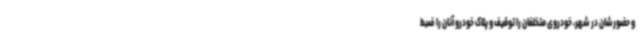
و حضورشان در شهر، خودروی متخلفان را توقیف و پلاک خودرو آنان را ضبط